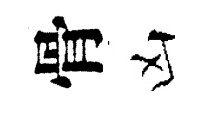
骨凶